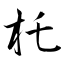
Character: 杔